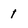
Character: 1